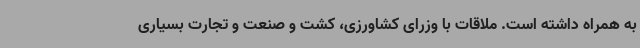
به همراه داشته است. ملاقات با وزرای کشاورزی، کشت و صنعت و تجارت بسیاری